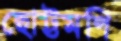
ছোট্টমণি